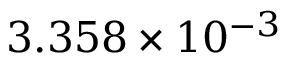
3 . 3 5 8 \times 1 0 ^ { - 3 }